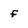
Character: f